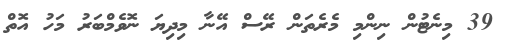
39 މިނެޓުން ނިންމި މެރެތަން ރޭސް އޭނާ މިދިޔަ ނޮވެމްބަރު މަހު އޮތް